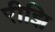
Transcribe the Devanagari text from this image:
रीझि